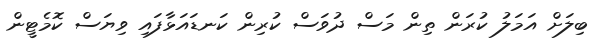
ބިލަށް އަމަލު ކުރަން ތިން މަސް ދުވަސް ކުރިން ކަނޑައަޅާފައި ވިޔަސް ކޮމެޓީން